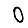
Digit: 0